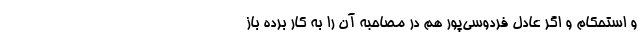
و استحکام و اگر عادل فردوسی‌پور هم در مصاحبه آن را به کار برده باز